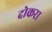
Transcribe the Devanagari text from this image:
दोकरा